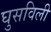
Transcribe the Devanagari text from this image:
घुसविली